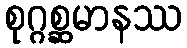
စုဂ္ဂစ္ဆမာနဿ